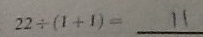
2 2 \div ( 1 + 1 ) = 1 1